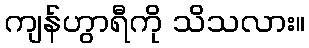
ကျန်ဟွာရီကို သိသလား။